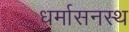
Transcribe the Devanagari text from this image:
धर्मासनस्थ